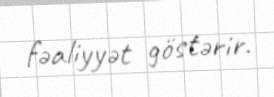
fəaliyyət göstərir.